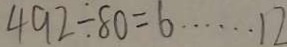
4 9 2 \div 8 0 = 6 \cdots 1 2